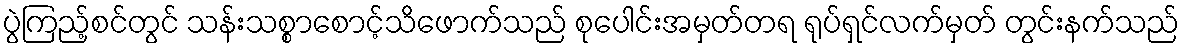
ပွဲကြည့်စင်တွင် သန်းသစ္စာစောင့်သိဖောက်သည် စုပေါင်းအမှတ်တရ ရုပ်ရှင်လက်မှတ် တွင်းနက်သည်